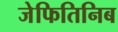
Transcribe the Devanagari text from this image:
जेफितिनिब